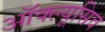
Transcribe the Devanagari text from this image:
ऑक्ल्यूसिव